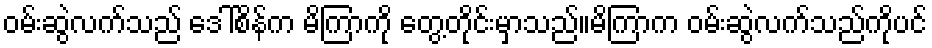
ဝမ်းဆွဲလက်သည် ဒေါ်စိန်က မိကြာကို တွေ့တိုင်းမှာသည်။မိကြာက ဝမ်းဆွဲလက်သည်ကိုပင်